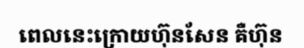
ពេលនេះក្រោយហ៊ុនសែន គឺហ៊ុន